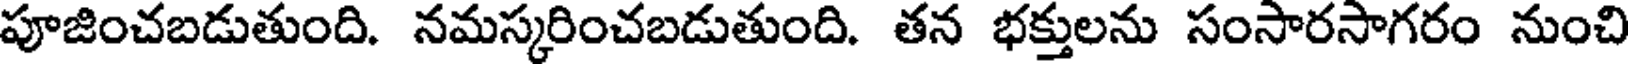
పూజించబడుతుంది. నమస్కరించబడుతుంది. తన భక్తులను సంసారసాగరం నుంచి